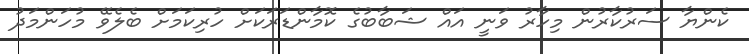
ކެންޔާ ސަރުކާރުން މިހާރު ވަނީ އައް ޝަބާބުގެ ކޮމާންޑަރަކަށް ހުރިކަމަށް ބެލެވޭ މުހަންމަދު